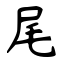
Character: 尾